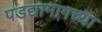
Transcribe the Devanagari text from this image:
पडद्यामागच्या